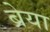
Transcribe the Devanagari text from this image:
ब्रेया